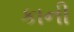
કાની